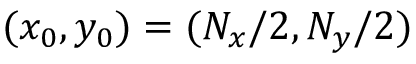
( x _ { 0 } , y _ { 0 } ) = ( N _ { x } / 2 , N _ { y } / 2 )